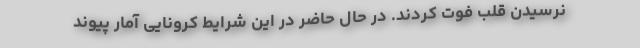
نرسیدن قلب فوت کردند. در حال حاضر در این شرایط کرونایی آمار پیوند